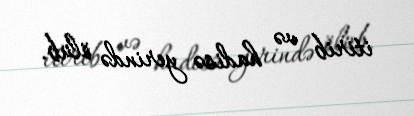
itirib və hadisə yerində ölüb.